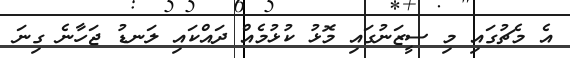
އެ މެޗުގައި މި ސީޒަނުގައި މޮޅު ކުޅުމެއް ދައްކައި ލަނޑު ޖަހާނެ ގިނަ